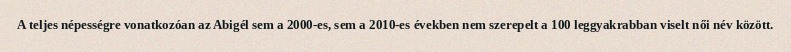
A teljes népességre vonatkozóan az Abigél sem a 2000-es, sem a 2010-es években nem szerepelt a 100 leggyakrabban viselt női név között.